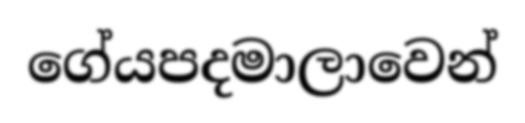
ගේයපදමාලාවෙන්